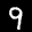
Label: 9